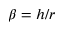
\beta = h / r